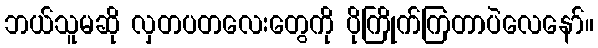
ဘယ်သူမဆို လှတပတလေးတွေကို ပိုကြိုက်ကြတာပဲလေနော်။